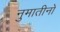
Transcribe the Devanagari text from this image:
नुमातीनो